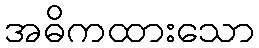
အဓိကထားသော